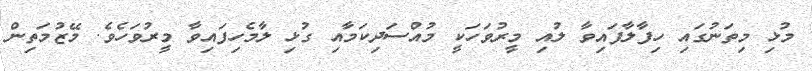
މުޅި މިތަނުގައި ހިފާލާފައިވާ ލުއި މީރުވަހަކީ މުއްސަދިކަމާއި ގުޅި ލާމެހިފައިވާ މީރުވަހެވެ. މޭޒުމަތިން